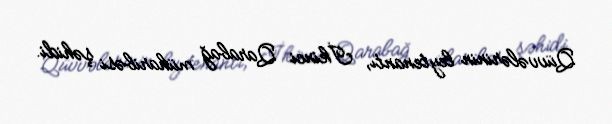
Qüvvələrinin leytenantı, İkinci Qarabağ müharibəsi şəhidi.